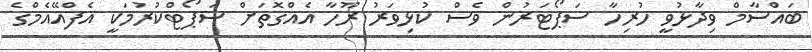
ބައްސާމް ވިދާޅުވީ ހުރިހާ ސަޕޯޓަރުން ވެސް ކުޅިވަރު ރޫހާ އެއްގޮތަށް ސަޕޯޓްކުރުމަކީ އެފްއޭއެމްގެ